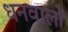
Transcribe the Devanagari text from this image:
धनवालों